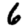
Digit: 6